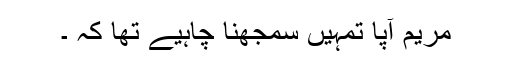
مریم آپا تمہیں سمجھنا چاہیے تھا کہ ۔